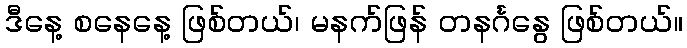
ဒီနေ့ စနေနေ့ ဖြစ်တယ်၊ မနက်ဖြန် တနင်္ဂနွေ ဖြစ်တယ်။